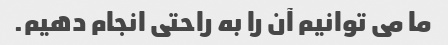
ما می توانیم آن را به راحتی انجام دهیم.